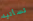
تسأليه